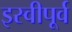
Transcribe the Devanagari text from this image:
इस्वीपूर्व